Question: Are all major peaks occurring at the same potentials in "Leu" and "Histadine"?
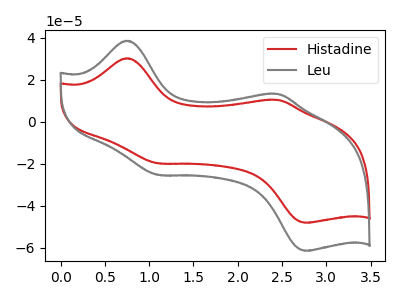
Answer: <think>The red curve "Histadine" has anodic peaks at (0.75V, 30.15uA) (2.45V, 10.35uA) and cathodic peaks at (1.10V, -19.85uA) (2.75V, -48.15uA). The gray curve "Leu" has anodic peaks at (0.75V, 38.50uA) (2.45V, 13.20uA) and cathodic peaks at (1.10V, -25.40uA) (2.75V, -61.45uA).</think>
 <answer>Yes, "Leu" have a peak in "Histadine" at the same potential.</answer>
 <eval>match</eval>